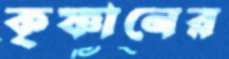
কৃষ্ণানের